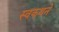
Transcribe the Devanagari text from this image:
स्वकथने